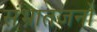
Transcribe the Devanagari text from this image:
संभ्रातजनों